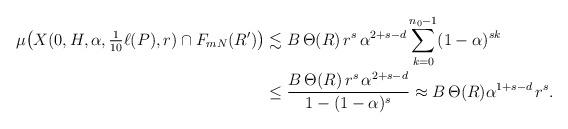
LaTeX: \begin{align*}\mu\bigl(X(0,H,\alpha,\tfrac1{10}\ell(P),r) \cap F_{mN}(R')\bigr)&\lesssim B\,\Theta(R)\,r^s\,\alpha^{2+s-d}\sum_{k=0}^{n_0-1}(1-\alpha)^{sk}\\& \leq \frac{B\,\Theta(R)\,r^s\,\alpha^{2+s-d}}{1-(1-\alpha)^s}\approx B\,\Theta(R)\alpha^{1+s-d}\,r^s.\end{align*}